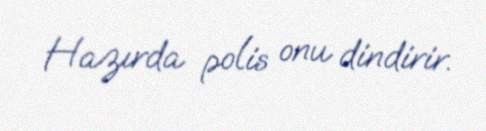
Hazırda polis onu dindirir.